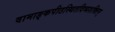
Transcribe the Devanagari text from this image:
वामाङ्कपीठस्थितदिव्यशक्तिम्